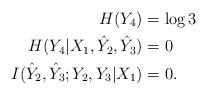
LaTeX: \begin{align*}H(Y_4)&=\log 3 \\H(Y_4|X_1,\hat{Y}_2,\hat{Y}_3)&=0 \\I(\hat{Y}_2,\hat{Y}_3;Y_2,Y_3|X_1)&=0. \end{align*}